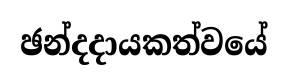
ඡන්දදායකත්වයේ